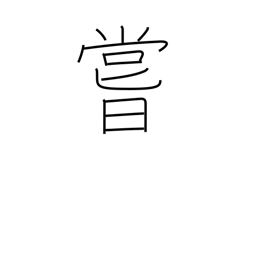
Meaning: ever